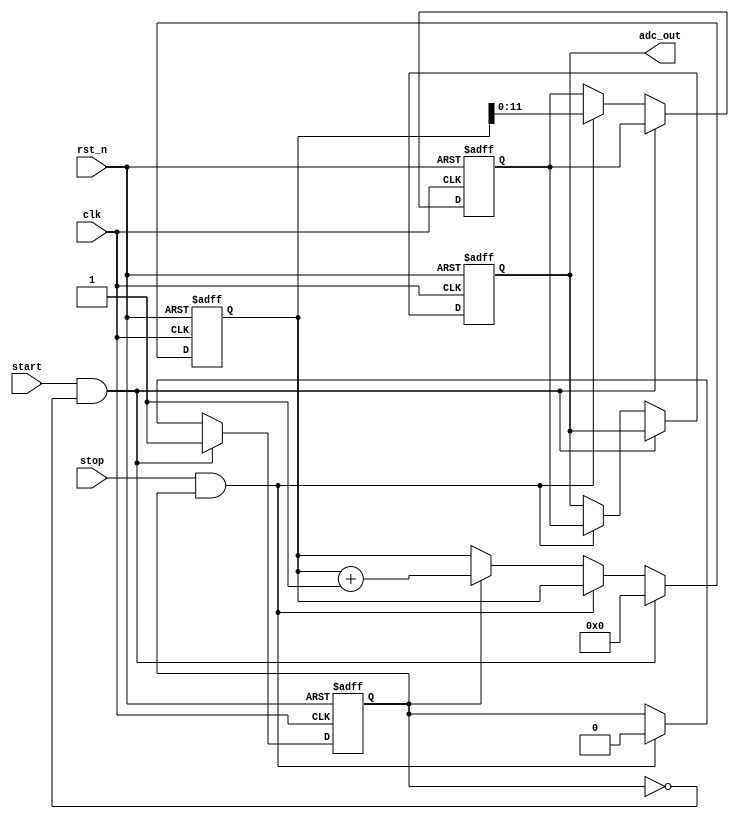
module TDC (
    input wire clk,          // High-resolution clock
    input wire rst_n,        // Active low reset
    input wire start,        // START signal
    input wire stop,         // STOP signal
    output reg [11:0] adc_out // 12-bit ADC output (for example)
);

    reg [31:0] counter;      // 32-bit counter for clock cycles
    reg measuring;           // State to indicate if we are measuring
    reg [11:0] voltage;      // Voltage level representation (12-bit)

    // State machine for controlling the TDC operation
    always @(posedge clk or negedge rst_n) begin
        if (!rst_n) begin
            counter <= 32'b0;
            measuring <= 1'b0;
            voltage <= 12'b0;
            adc_out <= 12'b0;
        end else begin
            if (start && !measuring) begin
                // Start measuring
                measuring <= 1'b1;
                counter <= 32'b0; // Reset counter
            end else if (stop && measuring) begin
                // Stop measuring
                measuring <= 1'b0;
                voltage <= counter[11:0]; // Convert counter to voltage (simple mapping)
                adc_out <= voltage; // Output to ADC
            end else if (measuring) begin
                // Count clock cycles while measuring
                counter <= counter + 1;
            end
        end
    end

endmodule